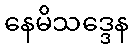
နေမိသဒ္ဒေန